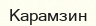
Карамзин